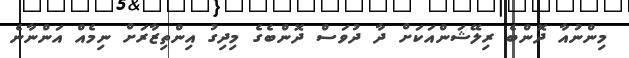
މިންނުއާ ދޮންބެ ރިލޭޝަންއަަކަށް ދާ ދުވަސް ދޮންބެގެ މިދިގު އިންތިޒާރަށް ނިމެއް އަންނާނެ